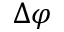
\Delta \varphi